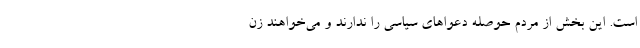
است. این بخش از مردم حوصله دعواهای سیاسی را ندارند و می‌خواهند زن